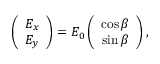
\begin{array} { r } { \left( \begin{array} { c } { E _ { x } } \\ { E _ { y } } \end{array} \right) = E _ { 0 } \left( \begin{array} { c } { \cos \beta } \\ { \sin \beta } \end{array} \right) , } \end{array}